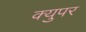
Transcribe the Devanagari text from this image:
क्युपर